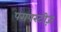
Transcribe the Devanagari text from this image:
परापरटीज़